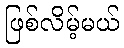
ဖြစ်လိမ့်မယ်